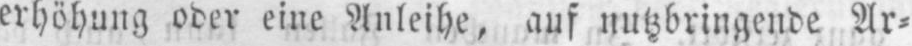
erhöhung oder eine Anleihe, auf nutzbringende Ar⸗